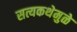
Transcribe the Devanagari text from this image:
सत्यकथेमुळे